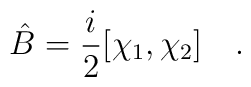
\hat B = {i\over2}[\chi_1,\chi_2] \quad .